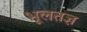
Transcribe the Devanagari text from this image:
भूलतज्ञ